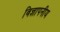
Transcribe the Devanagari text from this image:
विज्ञापनीय